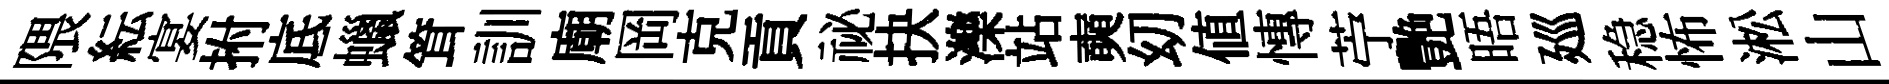
隈紜宴拊底蠟䇯訓廟岡克貢祕抉濼站奭㓜値慱苧艷晤廵稳怖淞山